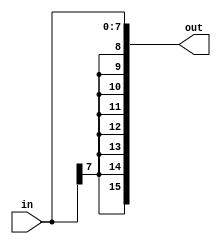

module sext8_16(out, in);
  input [7:0] in;
  output [15:0] out;
  
  assign out = {{8{in[7]}}, in};
  
endmodule